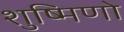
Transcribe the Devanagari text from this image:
शुष्मिणो